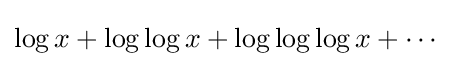
\log x+\log \log x+\log \log \log x+\cdots